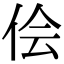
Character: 侩